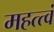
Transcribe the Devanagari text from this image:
महत्त्वं